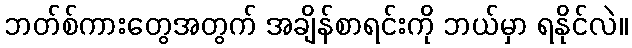
ဘတ်စ်ကားတွေအတွက် အချိန်စာရင်းကို ဘယ်မှာ ရနိုင်လဲ။